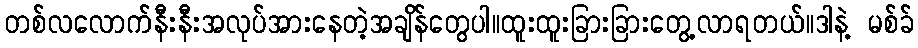
တစ်လလောက်နီးနီးအလုပ်အားနေတဲ့အချိန်တွေပါ။ထူးထူးခြားခြားတွေ့လာရတယ်။ဒါနဲ့ မစ်ခ်